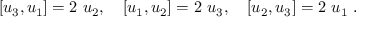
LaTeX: \left[ u _ { 3 } , u _ { 1 } \right] = 2 \ u _ { 2 } , \quad \left[ u _ { 1 } , u _ { 2 } \right] = 2 \ u _ { 3 } , \quad \left[ u _ { 2 } , u _ { 3 } \right] = 2 \ u _ { 1 } ~ .